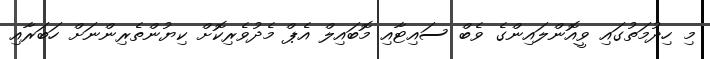
މި ހިދުމަތުގައި ވީއޮންލައިންގެ ވެބް ސައިޓާއި މޮބައިލް އެޕް މެދުވެރިކޮށް ކިޔުންތެރިންނަށް ހަބަރާއި